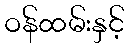
ဝန်ထမ်းနှင့်